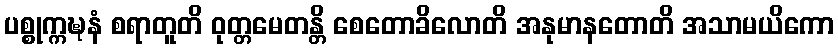
ပစ္စုက္ကဍ္ဎနံ စရာတူတိ ဝုတ္တမေတန္တိ စေတောခိလောတိ အနုမာနတောတိ အသာမယိကော